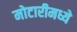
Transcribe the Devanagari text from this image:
मोटारीमध्ये